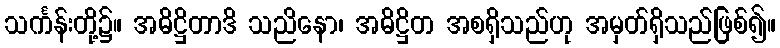
သင်္ကန်းတို့၌။ အဓိဋ္ဌိတာဒိ သညိနော၊ အဓိဋ္ဌိတ အစရှိသည်ဟု အမှတ်ရှိသည်ဖြစ်၍။